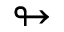
\looparrowright